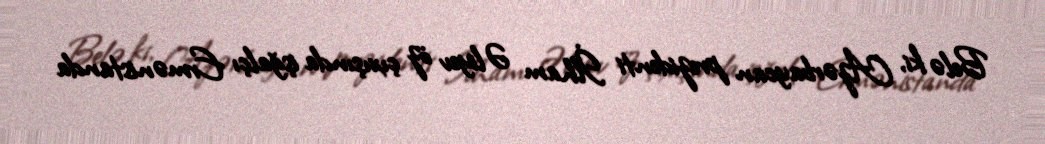
Belə ki, Azərbaycan prezidenti İlham Əliyev öz çıxışında işğalçı Ermənistanda